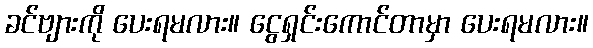
ခင်ဗျားကို ပေးရမလား။ ငွေရှင်းကောင်တာမှာ ပေးရမလား။